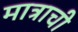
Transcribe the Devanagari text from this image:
मात्राची